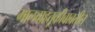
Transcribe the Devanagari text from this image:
मालवाहतूकीबाबतीत